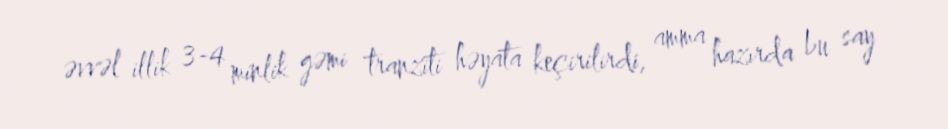
əvvəl illik 3-4 minlik gəmi tranziti həyata keçirilirdi, amma hazırda bu say